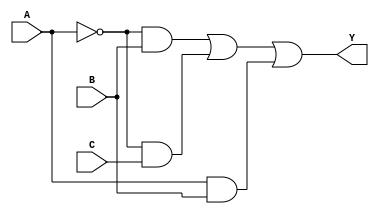
module kmap_three_var (
    input wire A,    // Input variable A
    input wire B,    // Input variable B
    input wire C,    // Input variable C
    output wire Y    // Output representing the simplified Boolean expression
);

// K-map representation derived simplified Boolean expression
// The K-map shows that Y can be represented as:
// Y = A'B + A'C + AB

assign Y = (~A & B) | (~A & C) | (A & B);

endmodule